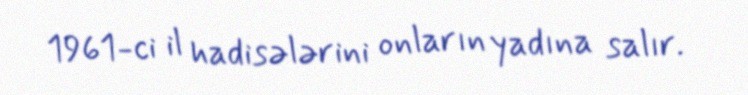
1961-ci il hadisələrini onların yadına salır.